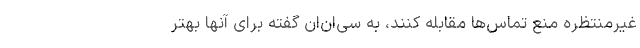
غیرمنتظره منع تماس‌ها مقابله کنند، به سی‌ان‌ان گفته برای آنها بهتر